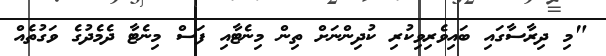
"މި ދިރާސާގައި ބައިވެރިވިކުރި ކުދިންނަށް ތިން މިނެޓާއި ފަސް މިނެޓާ ދެމެދުގެ ވަގުތެއް